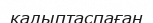
қалыптаспаған